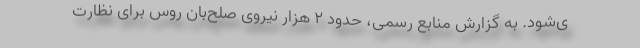
ی‌شود. به گزارش منابع رسمی، حدود ۲ هزار نیروی صلح‌بان روس برای نظارت